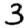
Digit: 3